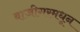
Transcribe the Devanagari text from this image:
बाजीगरमधून